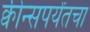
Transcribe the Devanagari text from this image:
क्वीन्सपर्यंतचा